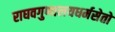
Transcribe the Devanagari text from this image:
राघवगुणालयधर्मसेतो